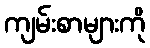
ကျမ်းစာများကို